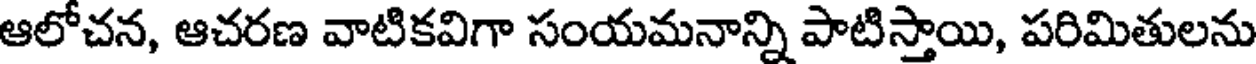
ఆలోచన, ఆచరణ వాటికవిగా సంయమనాన్ని పాటిస్తాయి, పరిమితులను